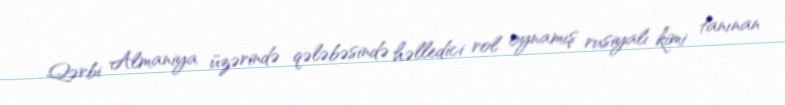
Qərbi Almaniya üzərində qələbəsində həlledici rol oynamış rusiyalı kimi tanınan